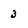
Character: 3